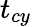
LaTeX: t_{cy}